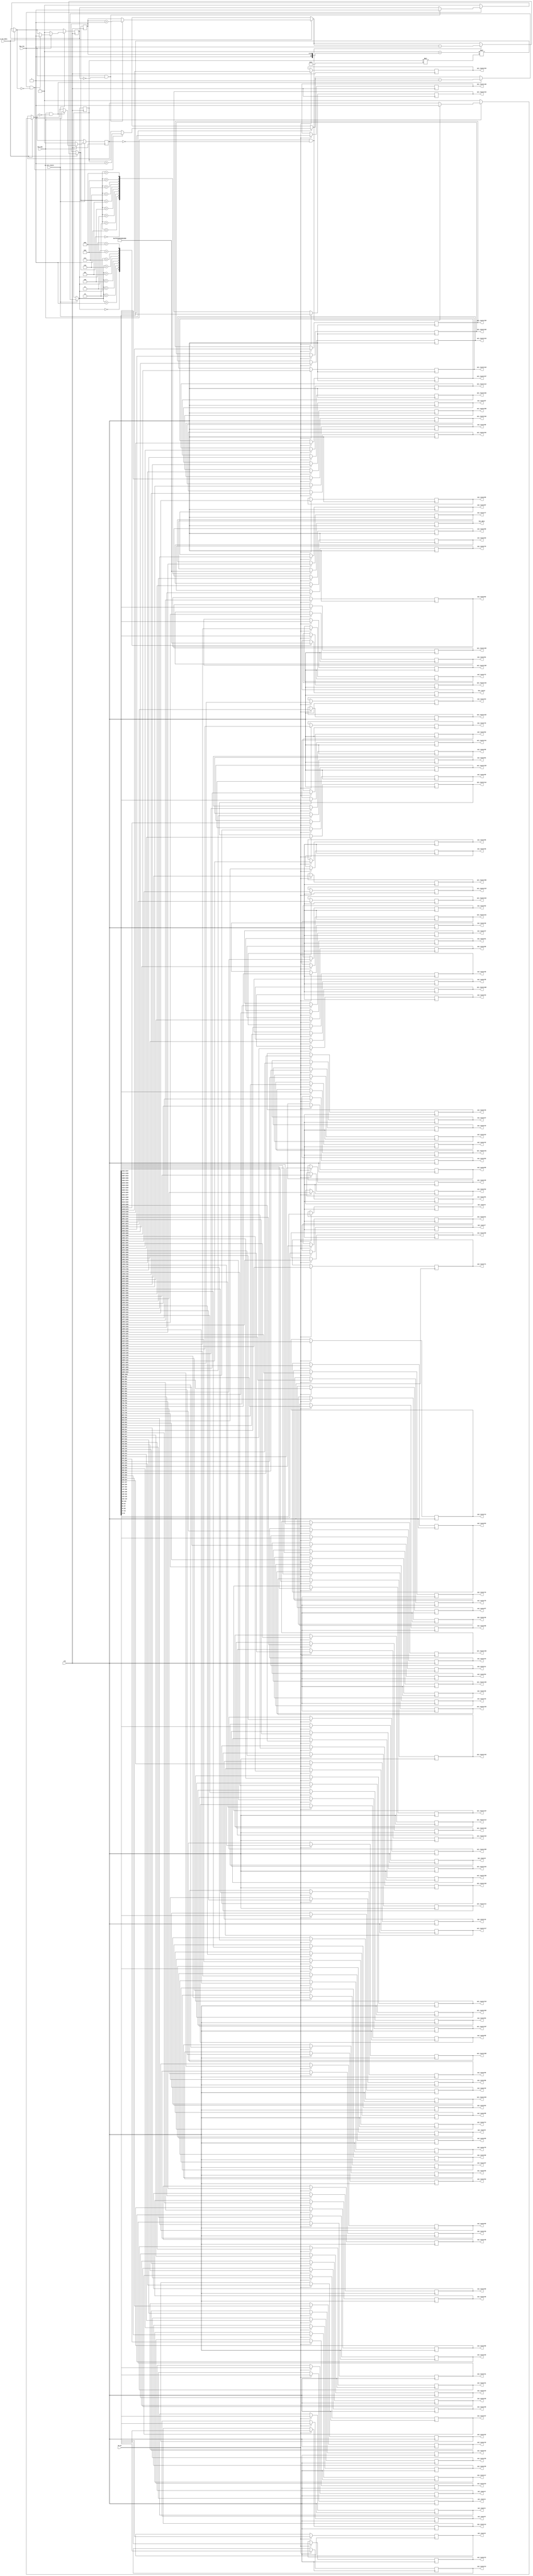
`define N 9		/*        */
`define N2 17   /*       - 1     K*2      (      )*/
`define K 8		//  1   N
`define BIT 8	//         ,  17   5

module select_data_144(
	clk,
	sw_on,			//       
	sw_sel_data,	//   
	sw_sel_router,	//       
	key_inc,			//   
	key_dec,			//   
	
	out_router1,	//     .
	out_router2,	//        
	out_router3,
	out_router4,
	out_router5,
	out_router6,
	out_router7,
	out_router8,
	out_router9,
	out_router10,
	out_router11,
	out_router12,
	out_router13,
	out_router14,
	out_router15,
	out_router16,
	out_router17,
	out_router18,
	out_router19,
	out_router20,
	out_router21,
	out_router22,
	out_router23,
	out_router24,
	out_router25,
	out_router26,
	out_router27,
	out_router28,
	out_router29,
	out_router30,
	out_router31,
	out_router32,
	out_router33,
	out_router34,
	out_router35,
	out_router36,
	out_router37,
	out_router38,
	out_router39,
	out_router40,
	out_router41,
	out_router42,
	out_router43,
	out_router44,
	out_router45,
	out_router46,
	out_router47,
	out_router48,
	out_router49,
	out_router50,
	out_router51,
	out_router52,
	out_router53,
	out_router54,
	out_router55,
	out_router56,
	out_router57,
	out_router58,
	out_router59,
	out_router60,
	out_router61,
	out_router62,
	out_router63,
	out_router64,
	out_router65,
	out_router66,
	out_router67,
	out_router68,
	out_router69,
	out_router70,
	out_router71,
	out_router72,
	out_router73,
	out_router74,
	out_router75,
	out_router76,
	out_router77,
	out_router78,
	out_router79,
	out_router80,
	out_router81,
	out_router82,
	out_router83,
	out_router84,
	out_router85,
	out_router86,
	out_router87,
	out_router88,
	out_router89,
	out_router90,
	out_router91,
	out_router92,
	out_router93,
	out_router94,
	out_router95,
	out_router96,
	out_router97,
	out_router98,
	out_router99,
	out_router100,
	out_router101,
	out_router102,
	out_router103,
	out_router104,
	out_router105,
	out_router106,
	out_router107,
	out_router108,
	out_router109,
	out_router110,
	out_router111,
	out_router112,
	out_router113,
	out_router114,
	out_router115,
	out_router116,
	out_router117,
	out_router118,
	out_router119,
	out_router120,
	out_router121,
	out_router122,
	out_router123,
	out_router124,
	out_router125,
	out_router126,
	out_router127,
	out_router128,
	out_router129,
	out_router130,
	out_router131,
	out_router132,
	out_router133,
	out_router134,
	out_router135,
	out_router136,
	out_router137,
	out_router138,
	out_router139,
	out_router140,
	out_router141,
	out_router142,
	out_router143,
	out_router144,
	
	hex_data,
	hex_router
	
);
	input clk;
	input sw_on;
	input sw_sel_data;
	input sw_sel_router;
	input key_inc;
	input key_dec;
	
	output reg[`N2 - 1:0] out_router1;
	output reg[`N2 - 1:0] out_router2;
	output reg[`N2 - 1:0] out_router3;
	output reg[`N2 - 1:0] out_router4;
	output reg[`N2 - 1:0] out_router5;
	output reg[`N2 - 1:0] out_router6;
	output reg[`N2 - 1:0] out_router7;
	output reg[`N2 - 1:0] out_router8;
	output reg[`N2 - 1:0] out_router9;
	output reg[`N2 - 1:0] out_router10;
	output reg[`N2 - 1:0] out_router11;
	output reg[`N2 - 1:0] out_router12;
	output reg[`N2 - 1:0] out_router13;
	output reg[`N2 - 1:0] out_router14;
	output reg[`N2 - 1:0] out_router15;
	output reg[`N2 - 1:0] out_router16;
	output reg[`N2 - 1:0] out_router17;
	output reg[`N2 - 1:0] out_router18;
	output reg[`N2 - 1:0] out_router19;
	output reg[`N2 - 1:0] out_router20;
	output reg[`N2 - 1:0] out_router21;
	output reg[`N2 - 1:0] out_router22;
	output reg[`N2 - 1:0] out_router23;
	output reg[`N2 - 1:0] out_router24;
	output reg[`N2 - 1:0] out_router25;
	output reg[`N2 - 1:0] out_router26;
	output reg[`N2 - 1:0] out_router27;
	output reg[`N2 - 1:0] out_router28;
	output reg[`N2 - 1:0] out_router29;
	output reg[`N2 - 1:0] out_router30;
	output reg[`N2 - 1:0] out_router31;
	output reg[`N2 - 1:0] out_router32;
	output reg[`N2 - 1:0] out_router33;
	output reg[`N2 - 1:0] out_router34;
	output reg[`N2 - 1:0] out_router35;
	output reg[`N2 - 1:0] out_router36;
	output reg[`N2 - 1:0] out_router37;
	output reg[`N2 - 1:0] out_router38;
	output reg[`N2 - 1:0] out_router39;
	output reg[`N2 - 1:0] out_router40;
	output reg[`N2 - 1:0] out_router41;
	output reg[`N2 - 1:0] out_router42;
	output reg[`N2 - 1:0] out_router43;
	output reg[`N2 - 1:0] out_router44;
	output reg[`N2 - 1:0] out_router45;
	output reg[`N2 - 1:0] out_router46;
	output reg[`N2 - 1:0] out_router47;
	output reg[`N2 - 1:0] out_router48;
	output reg[`N2 - 1:0] out_router49;
	output reg[`N2 - 1:0] out_router50;
	output reg[`N2 - 1:0] out_router51;
	output reg[`N2 - 1:0] out_router52;
	output reg[`N2 - 1:0] out_router53;
	output reg[`N2 - 1:0] out_router54;
	output reg[`N2 - 1:0] out_router55;
	output reg[`N2 - 1:0] out_router56;
	output reg[`N2 - 1:0] out_router57;
	output reg[`N2 - 1:0] out_router58;
	output reg[`N2 - 1:0] out_router59;
	output reg[`N2 - 1:0] out_router60;
	output reg[`N2 - 1:0] out_router61;
	output reg[`N2 - 1:0] out_router62;
	output reg[`N2 - 1:0] out_router63;
	output reg[`N2 - 1:0] out_router64;
	output reg[`N2 - 1:0] out_router65;
	output reg[`N2 - 1:0] out_router66;
	output reg[`N2 - 1:0] out_router67;
	output reg[`N2 - 1:0] out_router68;
	output reg[`N2 - 1:0] out_router69;
	output reg[`N2 - 1:0] out_router70;
	output reg[`N2 - 1:0] out_router71;
	output reg[`N2 - 1:0] out_router72;
	output reg[`N2 - 1:0] out_router73;
	output reg[`N2 - 1:0] out_router74;
	output reg[`N2 - 1:0] out_router75;
	output reg[`N2 - 1:0] out_router76;
	output reg[`N2 - 1:0] out_router77;
	output reg[`N2 - 1:0] out_router78;
	output reg[`N2 - 1:0] out_router79;
	output reg[`N2 - 1:0] out_router80;
	output reg[`N2 - 1:0] out_router81;
	output reg[`N2 - 1:0] out_router82;
	output reg[`N2 - 1:0] out_router83;
	output reg[`N2 - 1:0] out_router84;
	output reg[`N2 - 1:0] out_router85;
	output reg[`N2 - 1:0] out_router86;
	output reg[`N2 - 1:0] out_router87;
	output reg[`N2 - 1:0] out_router88;
	output reg[`N2 - 1:0] out_router89;
	output reg[`N2 - 1:0] out_router90;
	output reg[`N2 - 1:0] out_router91;
	output reg[`N2 - 1:0] out_router92;
	output reg[`N2 - 1:0] out_router93;
	output reg[`N2 - 1:0] out_router94;
	output reg[`N2 - 1:0] out_router95;
	output reg[`N2 - 1:0] out_router96;
	output reg[`N2 - 1:0] out_router97;
	output reg[`N2 - 1:0] out_router98;
	output reg[`N2 - 1:0] out_router99;
	output reg[`N2 - 1:0] out_router100;
	output reg[`N2 - 1:0] out_router101;
	output reg[`N2 - 1:0] out_router102;
	output reg[`N2 - 1:0] out_router103;
	output reg[`N2 - 1:0] out_router104;
	output reg[`N2 - 1:0] out_router105;
	output reg[`N2 - 1:0] out_router106;
	output reg[`N2 - 1:0] out_router107;
	output reg[`N2 - 1:0] out_router108;
	output reg[`N2 - 1:0] out_router109;
	output reg[`N2 - 1:0] out_router110;
	output reg[`N2 - 1:0] out_router111;
	output reg[`N2 - 1:0] out_router112;
	output reg[`N2 - 1:0] out_router113;
	output reg[`N2 - 1:0] out_router114;
	output reg[`N2 - 1:0] out_router115;
	output reg[`N2 - 1:0] out_router116;
	output reg[`N2 - 1:0] out_router117;
	output reg[`N2 - 1:0] out_router118;
	output reg[`N2 - 1:0] out_router119;
	output reg[`N2 - 1:0] out_router120;
	output reg[`N2 - 1:0] out_router121;
	output reg[`N2 - 1:0] out_router122;
	output reg[`N2 - 1:0] out_router123;
	output reg[`N2 - 1:0] out_router124;
	output reg[`N2 - 1:0] out_router125;
	output reg[`N2 - 1:0] out_router126;
	output reg[`N2 - 1:0] out_router127;
	output reg[`N2 - 1:0] out_router128;
	output reg[`N2 - 1:0] out_router129;
	output reg[`N2 - 1:0] out_router130;
	output reg[`N2 - 1:0] out_router131;
	output reg[`N2 - 1:0] out_router132;
	output reg[`N2 - 1:0] out_router133;
	output reg[`N2 - 1:0] out_router134;
	output reg[`N2 - 1:0] out_router135;
	output reg[`N2 - 1:0] out_router136;
	output reg[`N2 - 1:0] out_router137;
	output reg[`N2 - 1:0] out_router138;
	output reg[`N2 - 1:0] out_router139;
	output reg[`N2 - 1:0] out_router140;
	output reg[`N2 - 1:0] out_router141;
	output reg[`N2 - 1:0] out_router142;
	output reg[`N2 - 1:0] out_router143;
	output reg[`N2 - 1:0] out_router144;
	
	output reg[6:0] hex_data;
	output reg[6:0] hex_router;
	
	reg[`N2-2:0] data = `K'b00000;
	reg[`N2-2:0] router = `BIT'b00000;
	reg flag_key_inc = 1'b0;
	reg flag_key_dec = 1'b0;
	
	reg[2447:0] out_to_router;  //    N*  
	
	always@(posedge clk)
	begin
		if(sw_on == 1'b1)
		begin
			out_to_router = (2448'b0 + {1'b1, data}) << router*`N2;
			
			out_router1 = out_to_router[16:0];
			out_router2 = out_to_router[33:17];
			out_router3 = out_to_router[50:34];
			out_router4 = out_to_router[67:51];
			out_router5 = out_to_router[84:68];
			out_router6 = out_to_router[101:85];
			out_router7 = out_to_router[118:102];
			out_router8 = out_to_router[135:119];
			out_router9 = out_to_router[152:136];
			out_router10 = out_to_router[169:153];
			out_router11 = out_to_router[186:170];
			out_router12 = out_to_router[203:187];
			out_router13 = out_to_router[220:204];
			out_router14 = out_to_router[237:221];
			out_router15 = out_to_router[254:238];
			out_router16 = out_to_router[271:255];
			out_router17 = out_to_router[288:272];
			out_router18 = out_to_router[305:289];
			out_router19 = out_to_router[322:306];
			out_router20 = out_to_router[339:323];
			out_router21 = out_to_router[356:340];
			out_router22 = out_to_router[373:357];
			out_router23 = out_to_router[390:374];
			out_router24 = out_to_router[407:391];
			out_router25 = out_to_router[424:408];
			out_router26 = out_to_router[441:425];
			out_router27 = out_to_router[458:442];
			out_router28 = out_to_router[475:459];
			out_router29 = out_to_router[492:476];
			out_router30 = out_to_router[509:493];
			out_router31 = out_to_router[526:510];
			out_router32 = out_to_router[543:527];
			out_router33 = out_to_router[560:544];
			out_router34 = out_to_router[577:561];
			out_router35 = out_to_router[594:578];
			out_router36 = out_to_router[611:595];
			out_router37 = out_to_router[628:612];
			out_router38 = out_to_router[645:629];
			out_router39 = out_to_router[662:646];
			out_router40 = out_to_router[679:663];
			out_router41 = out_to_router[696:680];
			out_router42 = out_to_router[713:697];
			out_router43 = out_to_router[730:714];
			out_router44 = out_to_router[747:731];
			out_router45 = out_to_router[764:748];
			out_router46 = out_to_router[781:765];
			out_router47 = out_to_router[798:782];
			out_router48 = out_to_router[815:799];
			out_router49 = out_to_router[832:816];
			out_router50 = out_to_router[849:833];
			out_router51 = out_to_router[866:850];
			out_router52 = out_to_router[883:867];
			out_router53 = out_to_router[900:884];
			out_router54 = out_to_router[917:901];
			out_router55 = out_to_router[934:918];
			out_router56 = out_to_router[951:935];
			out_router57 = out_to_router[968:952];
			out_router58 = out_to_router[985:969];
			out_router59 = out_to_router[1002:986];
			out_router60 = out_to_router[1019:1003];
			out_router61 = out_to_router[1036:1020];
			out_router62 = out_to_router[1053:1037];
			out_router63 = out_to_router[1070:1054];
			out_router64 = out_to_router[1087:1071];
			out_router65 = out_to_router[1104:1088];
			out_router66 = out_to_router[1121:1105];
			out_router67 = out_to_router[1138:1122];
			out_router68 = out_to_router[1155:1139];
			out_router69 = out_to_router[1172:1156];
			out_router70 = out_to_router[1189:1173];
			out_router71 = out_to_router[1206:1190];
			out_router72 = out_to_router[1223:1207];
			out_router73 = out_to_router[1240:1224];
			out_router74 = out_to_router[1257:1241];
			out_router75 = out_to_router[1274:1258];
			out_router76 = out_to_router[1291:1275];
			out_router77 = out_to_router[1308:1292];
			out_router78 = out_to_router[1325:1309];
			out_router79 = out_to_router[1342:1326];
			out_router80 = out_to_router[1359:1343];
			out_router81 = out_to_router[1376:1360];
			out_router82 = out_to_router[1393:1377];
			out_router83 = out_to_router[1410:1394];
			out_router84 = out_to_router[1427:1411];
			out_router85 = out_to_router[1444:1428];
			out_router86 = out_to_router[1461:1445];
			out_router87 = out_to_router[1478:1462];
			out_router88 = out_to_router[1495:1479];
			out_router89 = out_to_router[1512:1496];
			out_router90 = out_to_router[1529:1513];
			out_router91 = out_to_router[1546:1530];
			out_router92 = out_to_router[1563:1547];
			out_router93 = out_to_router[1580:1564];
			out_router94 = out_to_router[1597:1581];
			out_router95 = out_to_router[1614:1598];
			out_router96 = out_to_router[1631:1615];
			out_router97 = out_to_router[1648:1632];
			out_router98 = out_to_router[1665:1649];
			out_router99 = out_to_router[1682:1666];
			out_router100 = out_to_router[1699:1683];
			out_router101 = out_to_router[1716:1700];
			out_router102 = out_to_router[1733:1717];
			out_router103 = out_to_router[1750:1734];
			out_router104 = out_to_router[1767:1751];
			out_router105 = out_to_router[1784:1768];
			out_router106 = out_to_router[1801:1785];
			out_router107 = out_to_router[1818:1802];
			out_router108 = out_to_router[1835:1819];
			out_router109 = out_to_router[1852:1836];
			out_router110 = out_to_router[1869:1853];
			out_router111 = out_to_router[1886:1870];
			out_router112 = out_to_router[1903:1887];
			out_router113 = out_to_router[1920:1904];
			out_router114 = out_to_router[1937:1921];
			out_router115 = out_to_router[1954:1938];
			out_router116 = out_to_router[1971:1955];
			out_router117 = out_to_router[1988:1972];
			out_router118 = out_to_router[2005:1989];
			out_router119 = out_to_router[2022:2006];
			out_router120 = out_to_router[2039:2023];
			out_router121 = out_to_router[2056:2040];
			out_router122 = out_to_router[2073:2057];
			out_router123 = out_to_router[2090:2074];
			out_router124 = out_to_router[2107:2091];
			out_router125 = out_to_router[2124:2108];
			out_router126 = out_to_router[2141:2125];
			out_router127 = out_to_router[2158:2142];
			out_router128 = out_to_router[2175:2159];
			out_router129 = out_to_router[2192:2176];
			out_router130 = out_to_router[2209:2193];
			out_router131 = out_to_router[2226:2210];
			out_router132 = out_to_router[2243:2227];
			out_router133 = out_to_router[2260:2244];
			out_router134 = out_to_router[2277:2261];
			out_router135 = out_to_router[2294:2278];
			out_router136 = out_to_router[2311:2295];
			out_router137 = out_to_router[2328:2312];
			out_router138 = out_to_router[2345:2329];
			out_router139 = out_to_router[2362:2346];
			out_router140 = out_to_router[2379:2363];
			out_router141 = out_to_router[2396:2380];
			out_router142 = out_to_router[2413:2397];
			out_router143 = out_to_router[2430:2414];
			out_router144 = out_to_router[2447:2431];
		end
		else
		begin
			out_to_router = 2448'b0;
		end
		
		if(sw_sel_data == 1'b1)
		begin
			if(key_inc == 1'b1 && flag_key_inc == 1'b0)
			begin
				data = data + 1'b1;
				flag_key_inc = 1'b1;
			end
			if(key_inc == 1'b0)
			begin
				flag_key_inc = 1'b0;
			end
			if(key_dec == 1'b1 && flag_key_dec == 1'b0)
			begin
				data = data - 1'b1;
				flag_key_dec = 1'b1;
			end
			if(key_dec == 1'b0)
			begin
				flag_key_dec = 1'b0;
			end
		end
		
		if(sw_sel_router == 1'b1)
		begin
			if(key_inc == 1'b1 && flag_key_inc == 1'b0)
			begin
				router = router + 1'b1;
				flag_key_inc = 1'b1;
			end
			if(key_inc == 1'b0)
			begin
				flag_key_inc = 1'b0;
			end
			if(key_dec == 1'b1 && flag_key_dec == 1'b0)
			begin
				router = router - 1'b1;
				flag_key_dec = 1'b1;
			end
			if(key_dec == 1'b0)
			begin
				flag_key_dec = 1'b0;
			end
		end

//================================================================================
//================================================================================
		case(data)
			5'b00000:
				hex_data = ~7'b1111110;		//0
			5'b00001:
				hex_data = ~7'b0110000;		//1
			5'b00010:
				hex_data = ~7'b1101101;		//2
			5'b00011:
				hex_data = ~7'b1111001;		//3
			5'b00100:
				hex_data = ~7'b0110011;		//4
			5'b00101:
				hex_data = ~7'b1011011;		//5
			5'b00110:
				hex_data = ~7'b1011111;		//6
			5'b00111:
				hex_data = ~7'b1110000;		//7
			5'b01000:
				hex_data = ~7'b1111111;		//8
			5'b01001:
				hex_data = ~7'b1111011;		//9
		endcase
		
		case(router)
			5'b00000:
				hex_router = ~7'b1111110;	//0
			5'b00001:
				hex_router = ~7'b0110000;	//1
			5'b00010:
				hex_router = ~7'b1101101;	//2
			5'b00011:
				hex_router = ~7'b1111001;	//3
			5'b00100:
				hex_router = ~7'b0110011;	//4
			5'b00101:
				hex_router = ~7'b1011011;	//5
			5'b00110:
				hex_router = ~7'b1011111;	//6
			5'b00111:
				hex_router = ~7'b1110000;	//7
			5'b01000:
				hex_router = ~7'b1111111;	//8
			5'b01001:
				hex_router = ~7'b1111011;	//9
		endcase
	end
	
endmodule